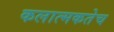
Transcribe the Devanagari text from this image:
कलात्मकतेच